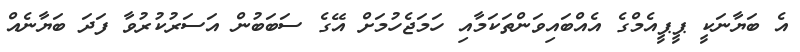
އެ ބަޔާނަކީ ޕީޕީއެމްގެ އެއްބައިވަންތަކަމާއި ހަމަޖެހުމަށް އޭގެ ސަބަބުން އަސަރުކުރުވާ ފަދަ ބަޔާނެއް